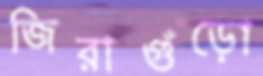
জিরাগুঁড়ো